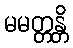
မမတ္တန္တိ